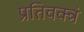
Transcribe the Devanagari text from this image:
प्रतिवक्त्रं